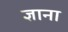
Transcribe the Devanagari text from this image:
ज्ञाना